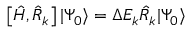
\left[ \hat { H } , \hat { R } _ { k } \right] | \Psi _ { 0 } \rangle = \Delta E _ { k } \hat { R } _ { k } | \Psi _ { 0 } \rangle